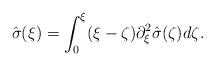
LaTeX: \begin{align*}\hat{\sigma}(\xi)=\int_0^\xi (\xi-\zeta)\partial_\xi ^2 \hat{\sigma}(\zeta)d\zeta.\end{align*}